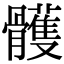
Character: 𩪭